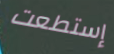
إستطعت